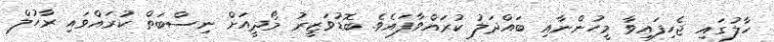
ހާލުގައި ޖެހިފައިވާ މީހުންނާއި ބައްދަލު ކުރައްވާފައެވެ. ބޮޑުވަޒީރު މޯދީއަށް ނިސްބަތް ކުރައްވައި ރާހުލް